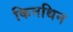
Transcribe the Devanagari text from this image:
किनथिन